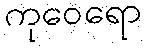
ကုဝေရော